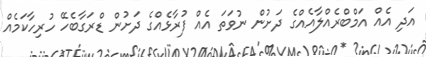
އަދި އެއް އަމްބްރެއްލާއެއްގެ ދަށުން ނުވަތަ އެއް ފުރާޅެއްގެ ދަށުން ޑްރަގާބެހޭ ހުރިހާކަމެއް